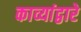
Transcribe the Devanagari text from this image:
काव्यांद्वारे